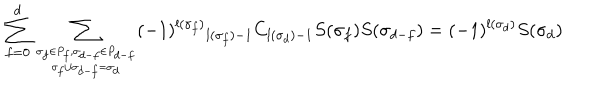
\sum _ { f = 0 } ^ { d } \sum _ { { \sigma _ { f } \in P _ { f } , \sigma _ { d - f } \in P _ { d - f } } \atop { \sigma _ { f } \cup \sigma _ { d - f } = \sigma _ { d } } } ( - 1 ) ^ { l ( \sigma _ { f } ) } { } _ { l ( \sigma _ { f } ) - 1 } C _ { l ( \sigma _ { d } ) - 1 } S ( \sigma _ { f } ) S ( \sigma _ { d - f } ) = ( - 1 ) ^ { l ( \sigma _ { d } ) } S ( \sigma _ { d } )